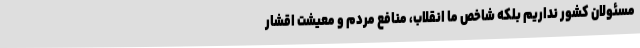
مسئولان کشور نداریم بلکه شاخص ما انقلاب، منافع مردم و معیشت اقشار